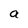
Character: a